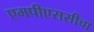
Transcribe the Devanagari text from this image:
एमपीएससीचा